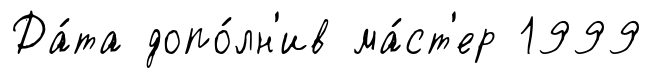
Да́та допо́лн'ив ма́ст'ер 1999